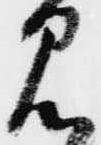
見